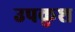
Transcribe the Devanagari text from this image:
उपकुश